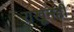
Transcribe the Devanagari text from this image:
राखूनही